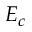
E _ { c }